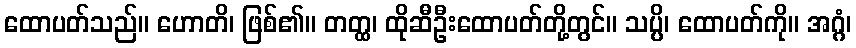
ထောပတ်သည်။ ဟောတိ၊ ဖြစ်၏။ တတ္ထ၊ ထိုဆီဦးထောပတ်တို့တွင်။ သပ္ပိ၊ ထောပတ်ကို။ အဂ္ဂံ၊